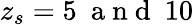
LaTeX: z_{s}=5\ \mathrm{~a~n~d~}\ 10